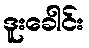
ဒူးခေါင်း